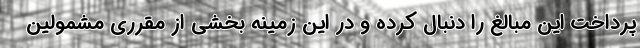
پرداخت این مبالغ را دنبال کرده و در این زمینه بخشی از مقرری مشمولین